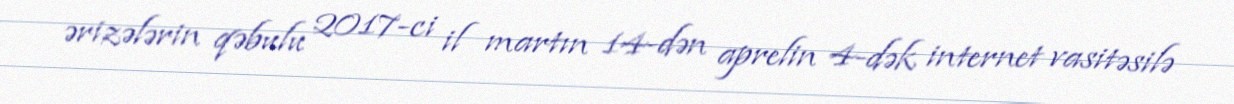
ərizələrin qəbulu 2017-ci il martın 14-dən aprelin 4-dək internet vasitəsilə